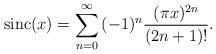
LaTeX: \begin{align*}\mathrm{sinc}(x)=\sum_{n=0}^{\infty}{(-1)^n\frac{(\pi x)^{2n}}{(2n+1)!}}.\end{align*}